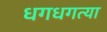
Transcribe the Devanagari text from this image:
धगधगत्या